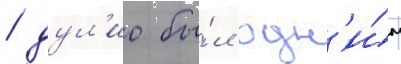
/ дул'ио бы́л одн'и́м